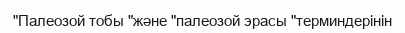
"Палеозой тобы "және "палеозой эрасы "терминдерінін